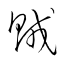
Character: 賊